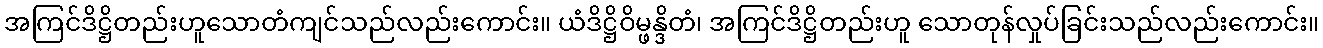
အကြင်ဒိဋ္ဌိတည်းဟူသောတံကျင်သည်လည်းကောင်း။ ယံဒိဋ္ဌိဝိမ္ဖန္ဒိတံ၊ အကြင်ဒိဋ္ဌိတည်းဟူ သောတုန်လှုပ်ခြင်းသည်လည်းကောင်း။